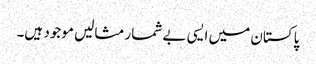
پاکستان میں ایسی بے شمار مثالیں موجود ہیں۔